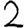
Digit: 2